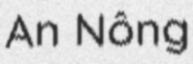
An Nông